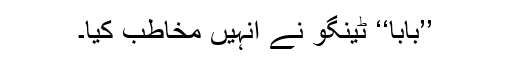
’’بابا‘‘ ٹینگو نے انہیں مخاطب کیا۔